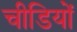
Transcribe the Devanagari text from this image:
चीडियों